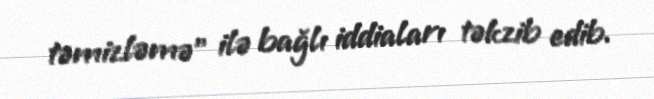
təmizləmə” ilə bağlı iddiaları təkzib edib.